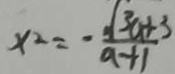
x ^ { 2 } = - \frac { \sqrt { 3 a + 3 } } { a + 1 }